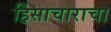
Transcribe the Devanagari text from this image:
हिंसाचाराचा